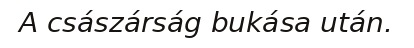
A császárság bukása után.